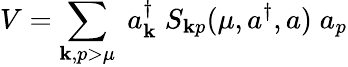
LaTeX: V=\sum_{\mathbf{k},p>\mu}\; a_{\mathbf{k}}^{\dagger}\; S_{\mathbf{k}p}(\mu,a^{\dagger},a)\; a_{p}